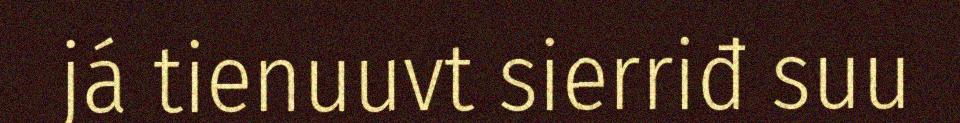
já tienuuvt sierriđ suu